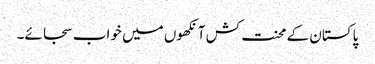
پاکستان کے محنت کش آنکھوں میں خواب سجائے۔